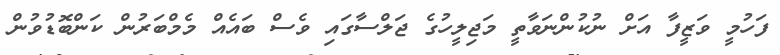
ފަހުމީ ވަޒީފާ އަށް ނުކުންނަވާތީ މަޖިލީހުގެ ޖަލްސާގައި ވެސް ބައެއް މެމްބަރުން ކަންބޮޑުވުން